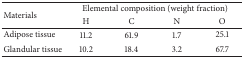
<table><thead><tr><td rowspan="2"><b>Materials</b></td><td colspan="4"><b>Elemental composition (weight fraction)</b></td></tr><tr><td><b>H</b></td><td><b>C</b></td><td><b>N</b></td><td><b>O</b></td></tr></thead><tbody><tr><td>Adipose tissue</td><td>11.2</td><td>61.9</td><td>1.7</td><td>25.1</td></tr><tr><td>Glandular tissue</td><td>10.2</td><td>18.4</td><td>3.2</td><td>67.7</td></tr></tbody></table>